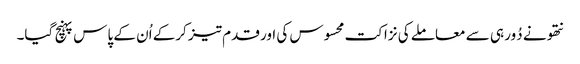
نتھو نے دُور ہی سے معاملے کی نزاکت محسوس کی اور قدم تیز کرکے اُن کے پاس پہنچ گیا۔